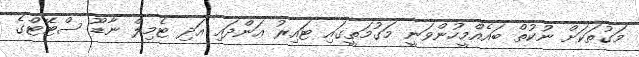
މަގުތަކަށް ނުކުތް ބައެއްމީހުންވަނީ މަގުމަތީގައި ޓައިރު އަންދައި އަދި ޓެމިލް ނާޑޫ ސްޓޭޓްގެ